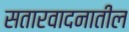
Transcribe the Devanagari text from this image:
सतारवादनातील